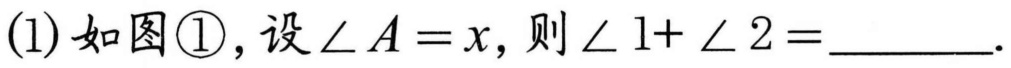
(1) 如图\textcircled{1}，设 \(\angle A=x\)，则 \(\angle 1+\angle 2=\)________.